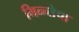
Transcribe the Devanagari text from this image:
भिन्न्तेचा